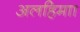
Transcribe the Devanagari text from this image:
अलहिमाा